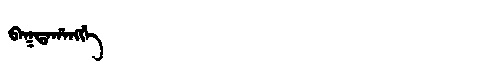
Manchu: ᠪᠠᡴᡨᠠᡥᠠᠩᡤᡝ
Romanization: BAKTAHANGGE